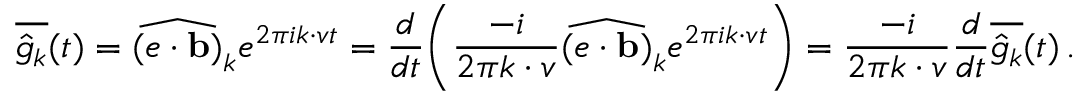
\overline { { \hat { g } _ { k } } } ( t ) = \widehat { ( e \cdot \ensuremath { \mathbf { b } } ) } _ { k } e ^ { 2 \pi i k \cdot v t } = \frac { d } { d t } \mathopen { } \mathclose \bgroup \left( \frac { - i } { 2 \pi k \cdot v } \widehat { ( e \cdot \ensuremath { \mathbf { b } } ) } _ { k } e ^ { 2 \pi i k \cdot v t } \aftergroup \egroup \right) = \frac { - i } { 2 \pi k \cdot v } \frac { d } { d t } \overline { { \hat { g } _ { k } } } ( t ) \, .